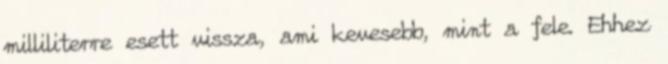
milliliterre esett vissza, ami kevesebb, mint a fele. Ehhez